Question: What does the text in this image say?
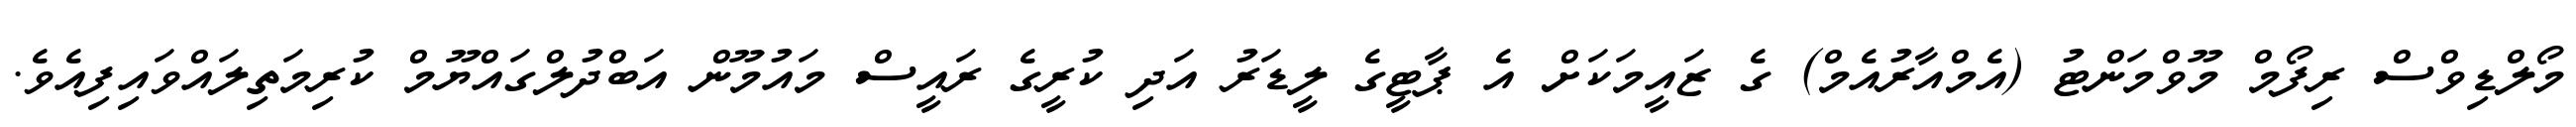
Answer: މޯލްޑިވްސް ރިފޯމް މޫވްމަންޓު (އެމްއާރުއެމް) ގެ ޒައީމަކަށް އެ ޕާޓީގެ ލީޑަރު އަދި ކުރީގެ ރައީސް މައުމޫން އަބްދުލްގައްޔޫމް ކުރިމަތިލައްވައިފިއެވެ.